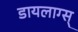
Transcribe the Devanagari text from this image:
डायलाग्स्